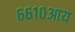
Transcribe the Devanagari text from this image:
६६१०आय